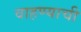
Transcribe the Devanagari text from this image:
वाहण्‍याची